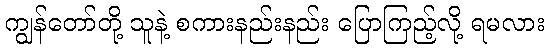
ကျွန်တော်တို့ သူနဲ့ စကားနည်းနည်း ပြောကြည့်လို့ ရမလား